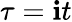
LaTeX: \tau=\mathbf{i}t